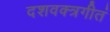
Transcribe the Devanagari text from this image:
दशवक्त्रगीतं